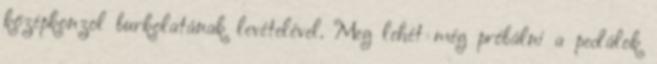
középkonzol burkolatának levételével. Meg lehét még próbálni a pedálok